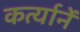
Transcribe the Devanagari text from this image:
कर्त्यानें